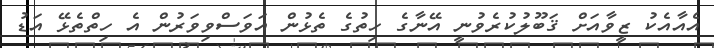
އެއާއެކު ޒީވާއަށް ޤަބޫލުކުރެވުނީ އޭނާގެ ހިތުގެ ތެޅުން އަވަސްވިވަރުން އެ ހިތްތެޅޭ އަޑު